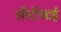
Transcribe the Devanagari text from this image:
सीटीवाई